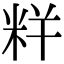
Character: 𥹎